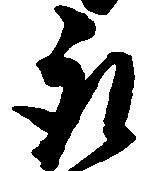
取